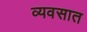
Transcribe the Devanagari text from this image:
व्यवसात